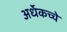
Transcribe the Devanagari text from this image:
अर्धेकच्चे